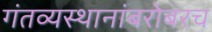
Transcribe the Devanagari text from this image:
गंतव्यस्थानांबरोबरच